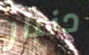
دنبار